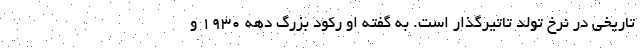
تاریخی در نرخ تولد تاتیرگذار است. به گفته او رکود بزرگ دهه 1930 و